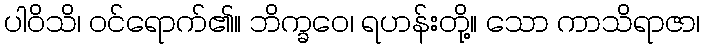
ပါဝိသိ၊ ဝင်ရောက်၏။ ဘိက္ခဝေ၊ ရဟန်းတို့။ သော ကာသိရာဇာ၊